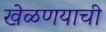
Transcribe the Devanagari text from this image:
खेळणयाची